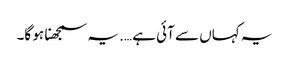
یہ کہاں سے آئی ہے …. یہ سمجھنا ہو گا۔